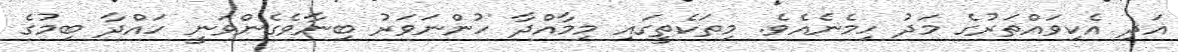
އަދި އެކިވައްތަރުގެ މަދު ހިމެނެއެވެ. މިތަކެތީގައި މިމާއްދާ ހުންނަވަރު ބިނާވެގެންވަނީ ހައްދާ ބިމުގެ